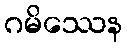
ဂမိဿေန